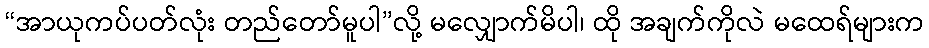
“အာယုကပ်ပတ်လုံး တည်တော်မူပါ”လို့ မလျှောက်မိပါ၊ ထို အချက်ကိုလဲ မထေရ်များက